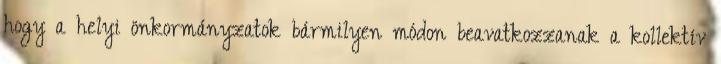
hogy a helyi önkormányzatok bármilyen módon beavatkozzanak a kollektív